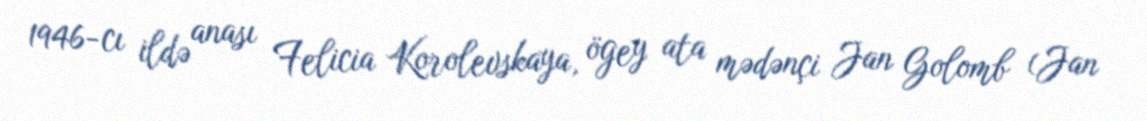
1946-cı ildə anası Felicia Korolevskaya, ögey ata mədənçi Jan Golomb (Jan